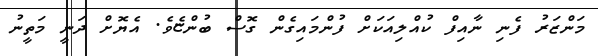
މަންޒަރު ފެނި ނާއިފް ކުއްލިއަކަށް ފުންމައިގެން ގޮސް ބުންޏެވެ. އެޔޮށް ދަނީ މަތީނު